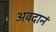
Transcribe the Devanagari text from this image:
अवदानं